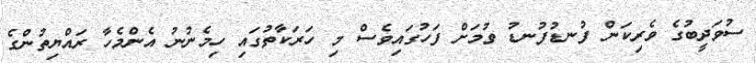
ސުވަދީބުގެ ވެރިކަން ފުނޑުފުނޑު ވުމަށް ފަހުގައިވެސް މި ހަރަކާތުގައި ހިމެނުނު އެންމެހާ ރައްޔިތުންގެ